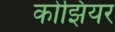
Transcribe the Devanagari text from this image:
कोझियर